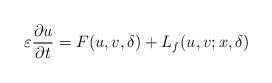
LaTeX: \begin{align*}\varepsilon\frac{\partial u}{\partial t}=F(u,v,\delta)+L_{f}(u,v;x,\delta)\end{align*}